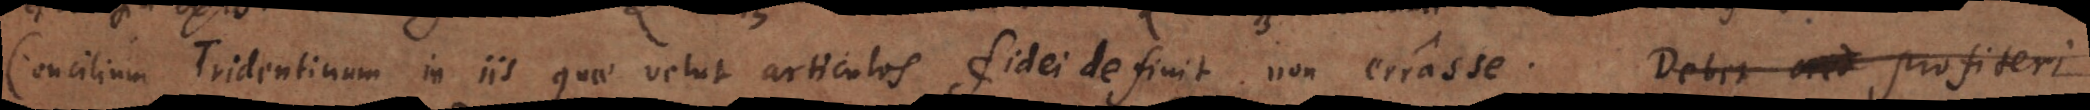
Concilium Tridentinum in iis quae velut articulos fidei definit non errasse. Debet cred profiteri